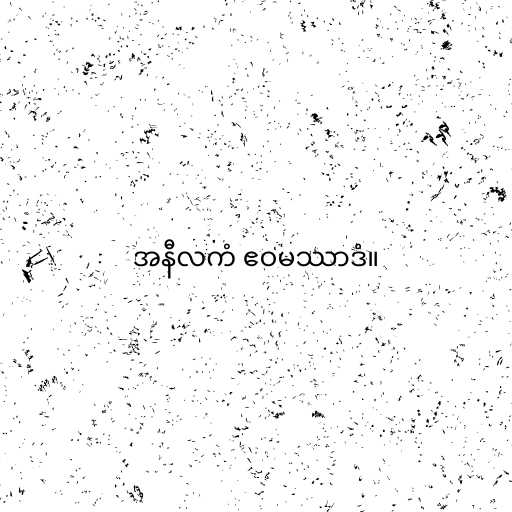
အနီလကံ ဧဝမဿာဒံ။